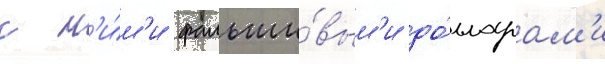
с н'и́м'и фальши́вым'и до́лларам'и